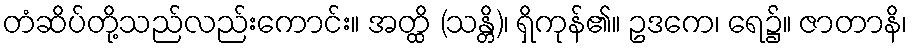
တံဆိပ်တို့သည်လည်းကောင်း။ အတ္ထိ (သန္တိ)၊ ရှိကုန်၏။ ဥဒကေ၊ ရေ၌။ ဇာတာနိ၊